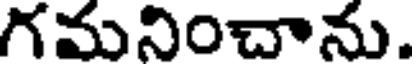
గమనించాను.